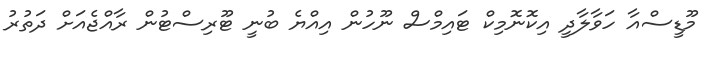
މޫޑީސްއާ ހަވާލާދީ އިކޮނޮމިކް ޓައިމްސް ނޫހުން އިއްޔެ ބުނީ ޓޫރިސްޓުން ރާއްޖެއަށް ދަތުރު